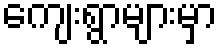
ကျေးရွာများမှာ